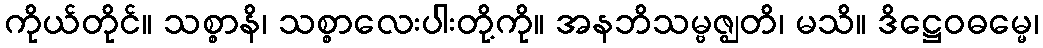
ကိုယ်တိုင်။ သစ္စာနိ၊ သစ္စာလေးပါးတို့ကို။ အနဘိသမ္ဗဇ္ဈတိ၊ မသိ။ ဒိဋ္ဌေဝဓမ္မေ၊